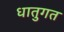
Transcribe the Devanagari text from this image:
धातुगत